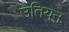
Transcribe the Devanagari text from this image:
उतियन